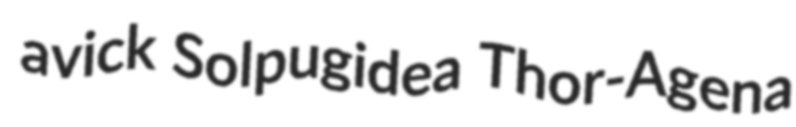
avick Solpugidea Thor-Agena